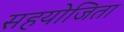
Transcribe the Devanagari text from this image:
सहयोजिता